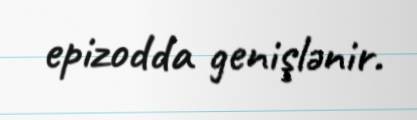
epizodda genişlənir.